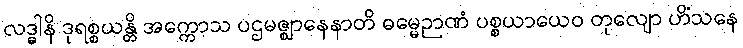
လဒ္ဓါနိ ဒုရစ္စယန္တိ အက္ကောသ ပဌမဇ္ဈာနေနာတိ ဓမ္မေဉာဏံ ပစ္စယာယေဝ တုလျော ဟိံသနေ